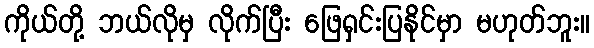
ကိုယ်တို့ ဘယ်လိုမှ လိုက်ပြီး ဖြေရှင်းပြနိုင်မှာ မဟုတ်ဘူး။